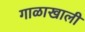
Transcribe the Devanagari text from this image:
गाळाखाली